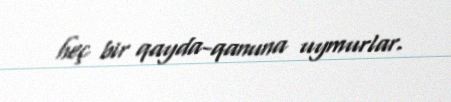
heç bir qayda-qanuna uymurlar.